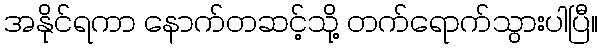
အနိုင်ရကာ နောက်တဆင့်သို့ တက်ရောက်သွားပါပြီ။